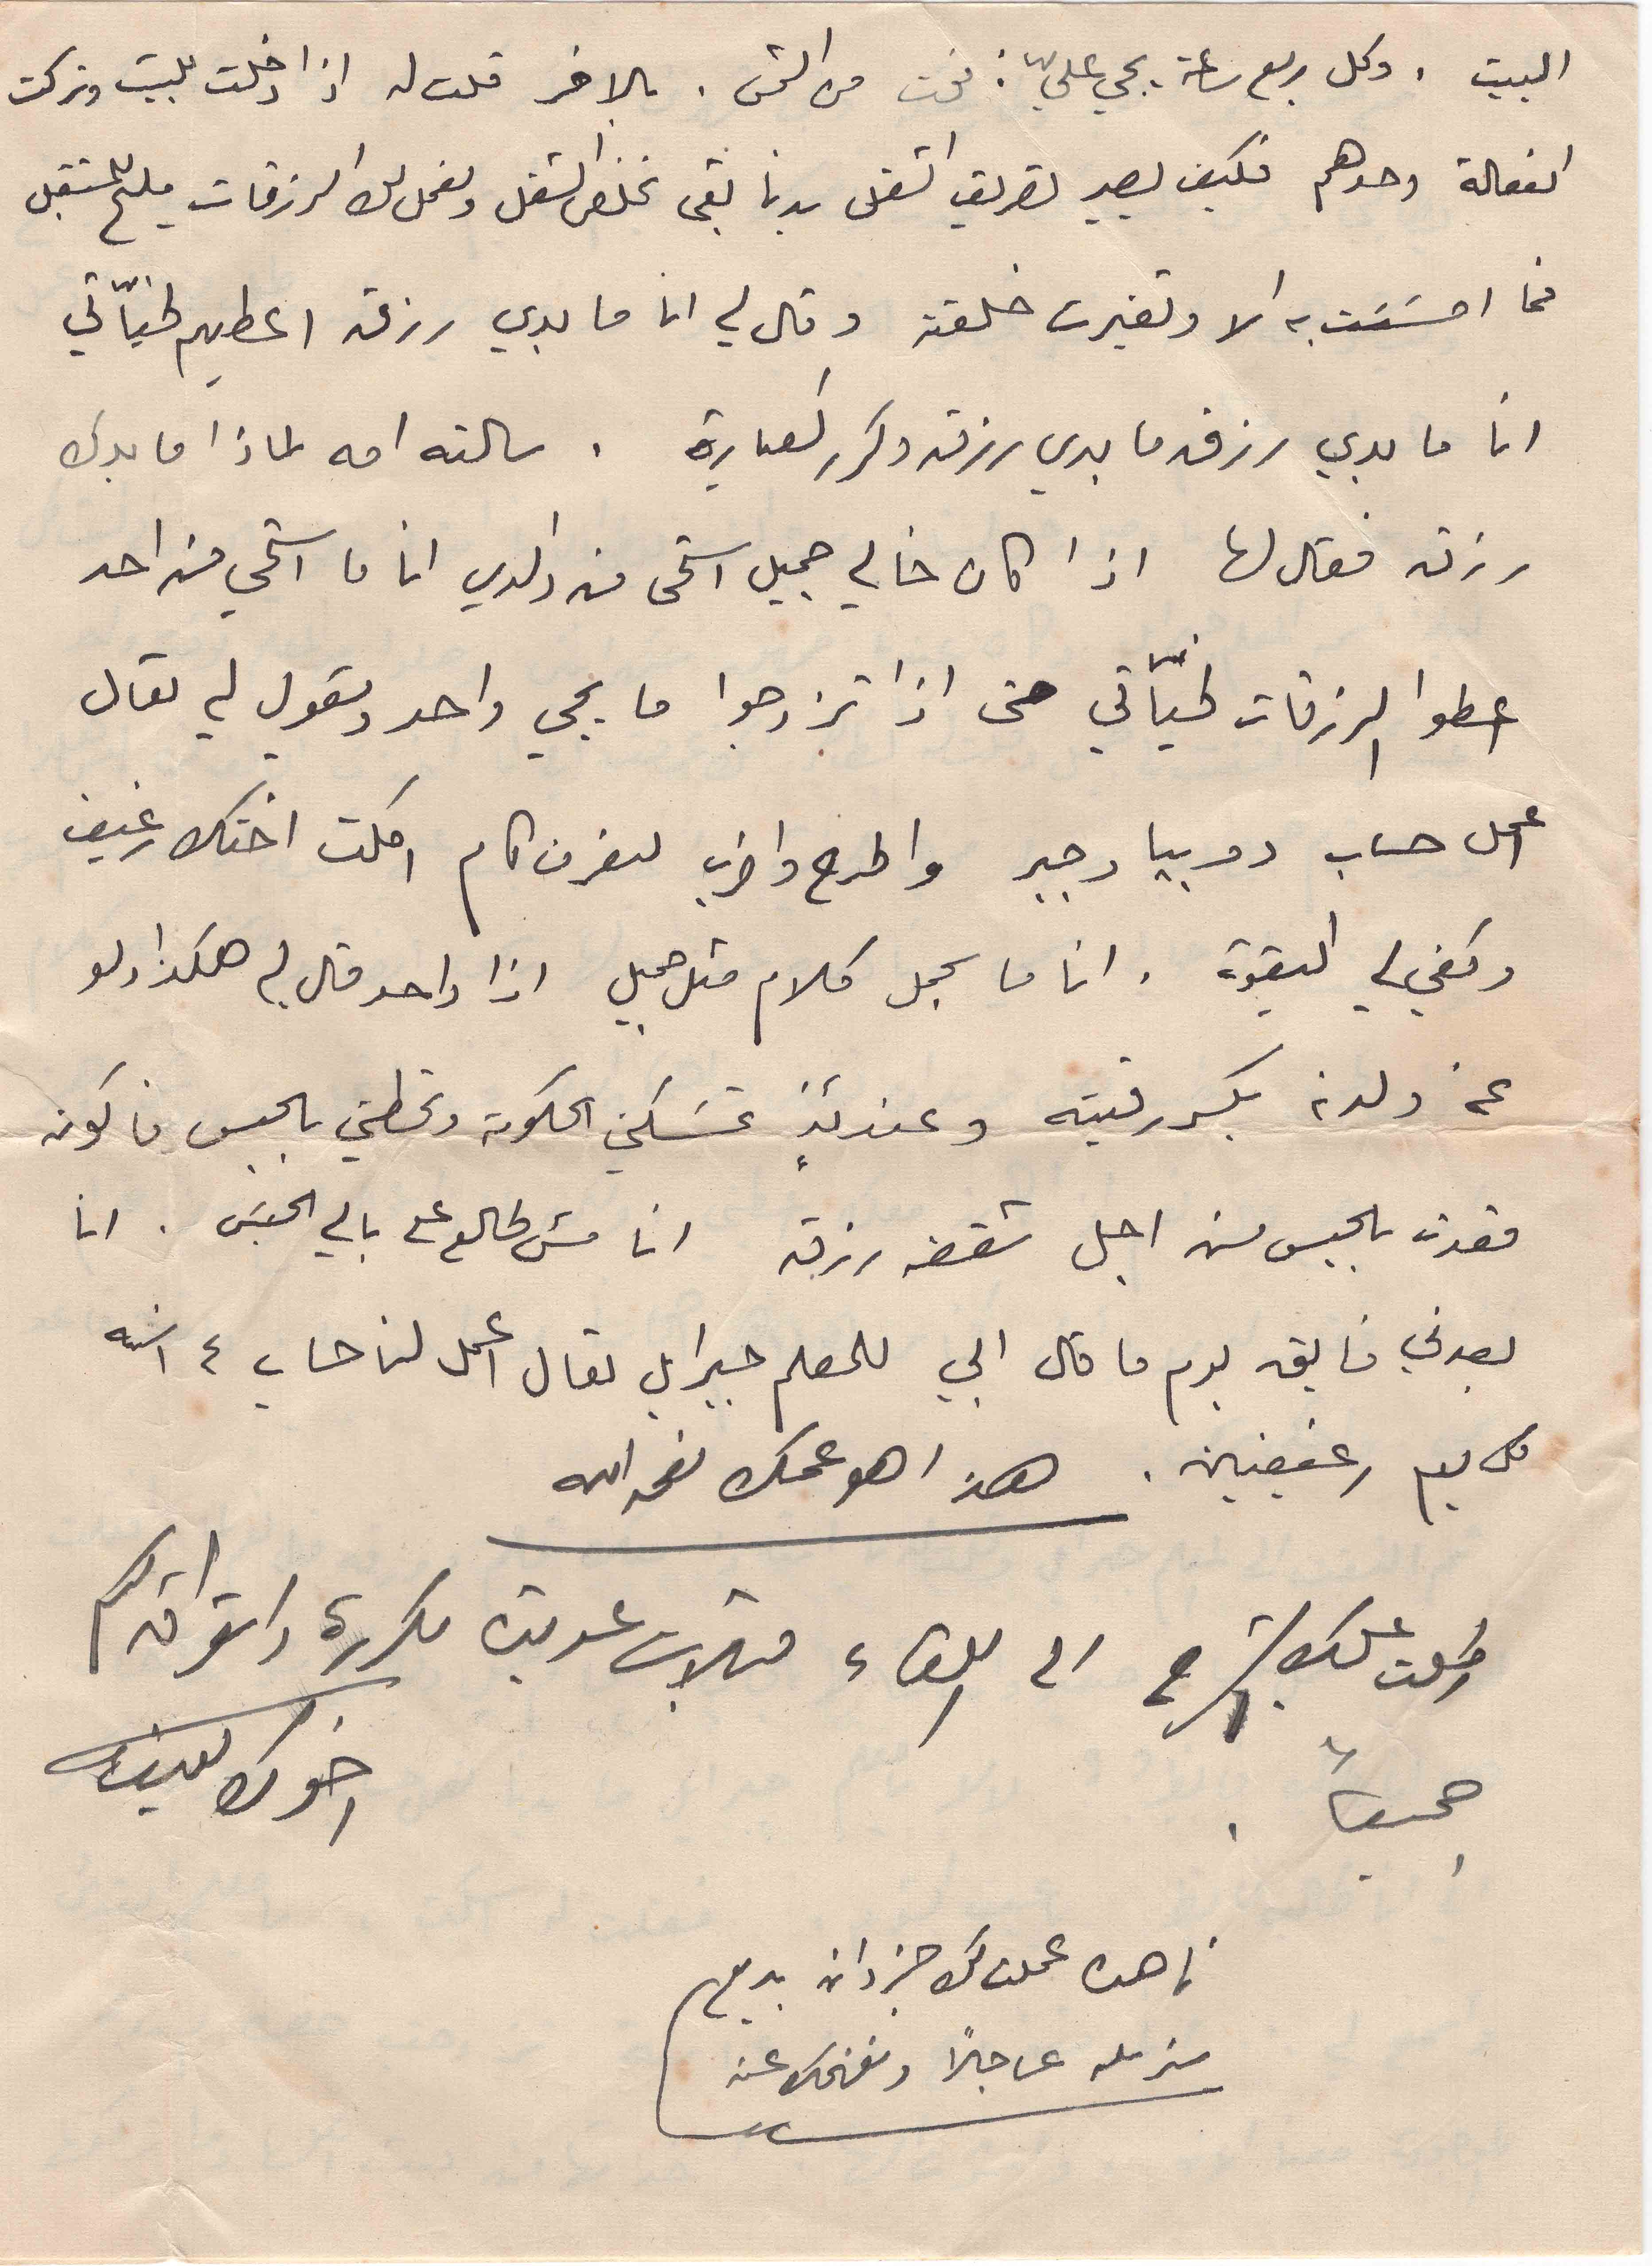
البيت . وكل ربع ساعة يجي عليّ: فوت من الشمس. بالاخر قلت له اذا دخلت للبيت وتركت
الفعالة وحدهم فكيف يصير تصريف الشغل بدنا بقى نخلص الشغل ونعمل لك الرزقات مليح للمستقبل
فما احسَست به الا وتغيرت خلقته وقال لي انا ما بدي رزق اعطيهم لخيّاتي
انا ما بدي رزق ما بدي رزق وكرر العبارة . سالته امه لماذا ما بدك
رزق فقال لها اذا كان خالي جميل استحى من والدي انا ما استحي من احد
اعطو الرزقات لخيّاتي حتى اذا تزوجوا ما يجي واحد ويقول لي تعال
اعمل حساب دوبيا وجبر واطرح واضرب لنعرف كام اكلت اختك رغيف
وكفي لي البقوة . انا ما بحمل كلام متل جميل اذا واحد قال لي هكذا ولو
عن ولدنه بكسر رقبته وعندئذٍ تمسكني الحكومة وتحطني بالحبس فاكون
قعدت بالحبس من اجل شقفة رزق انا مش طالع على بالي الحبس . انا
بعدني فايق يوم ما قال ابي للمعلم جبرايل تعال اعمل لنا حساب ١٤ سنة
كل يوم رغيفين. هذا هو عمك نعمه الله
اطلت عليك الشرح الى اللقاء قبلات عديدة مكررة واشواق لكم
جميعاً                                                                               اخوك يوسف
ناهده عملت لك جزدان بديع
سنرسله عاجلا ونفهمك عنه